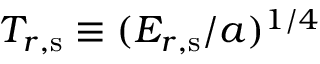
T _ { r , \mathrm { s } } \equiv ( \ensuremath { E _ { r , \mathrm { s } } } / a ) ^ { 1 / 4 }